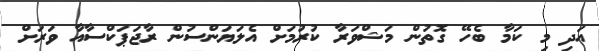
އަދި މި ކަމާ ބެހޭ ގޮތުން މަޝްވަރާ ކުރުމަށް އެލަޔަންސުން ރާޖަޕަކްސާއާ ވަރަށް